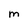
Character: m